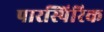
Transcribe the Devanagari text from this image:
पारस्पिरिक